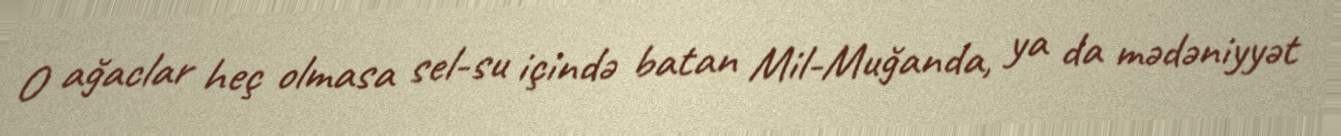
O ağaclar heç olmasa sel-su içində batan Mil-Muğanda, ya da mədəniyyət